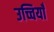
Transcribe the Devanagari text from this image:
उच्चियाँ